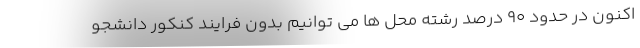
اکنون در حدود ۹۰ درصد رشته محل ها می توانیم بدون فرایند کنکور دانشجو